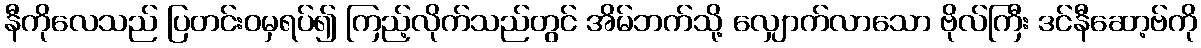
နီကိုလေသည် ပြတင်းဝမှရပ်၍ ကြည့်လိုက်သည်တွင် အိမ်ဘက်သို့ လျှောက်လာသော ဗိုလ်ကြီး ဒင်နီဆော့ဗ်ကို